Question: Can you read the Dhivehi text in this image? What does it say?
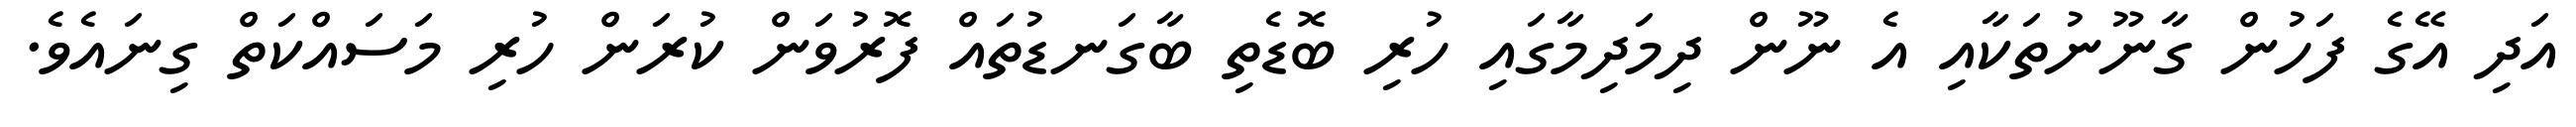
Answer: އަދި އޭގެ ފަހުން ގާނޫނުތަކާއި އެ ނޫން ދިމަދިމާގައި ހުރި ބޮޑެތި ބާގަނޑުތައް ފޮރުވަން ކުރަން ހުރި މަސައްކަތް ގިނައެވެ.